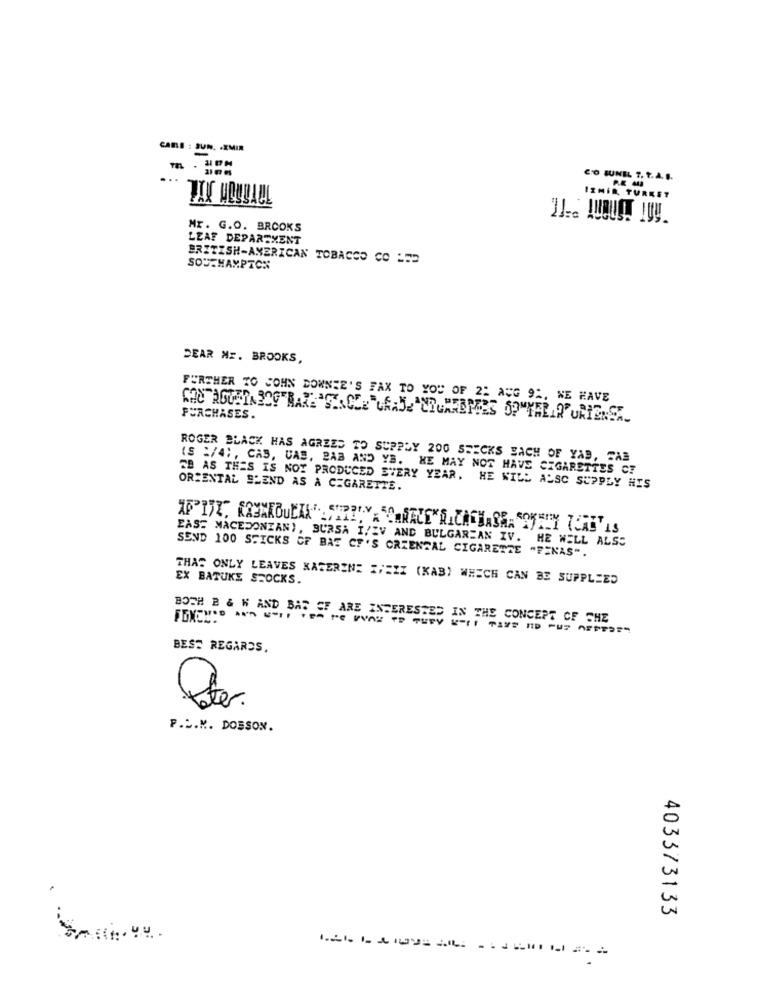
CARE : JUN. . XMIR
...
CTO SUNEL T. T.A.S.
IZMIR TUREET
-
Mr. G.O. BROOKS
LEAF DEPARTMENT
BRITISH-AMERICAN TOBACCO CO LED
SOUTHAMPTON
DEAR Mr. BROOKS,
FURTHER TO COHN DOWNIE'S FAX TO YOU OF 2: AUG 9%, WE HAVE
PURCHASES.
ROGER BLACK HAS AGREED TO SUPPLY 200 SPECKS EACH OF YAS, SAS
(S :/4), CAS, UAS, BAB AND YS. HE MAY NOT HAVE CIGARETTES CF
TB AS THES IS NOT PRODUCED EVERY YEAR. HE WILL ALSO SUPPLY HIS
ORIENTAL BLEND AS A CIGARETTE.
EAST MACEDONIAN), BURSA I/IV AND BULGARIAN IV. HE WELL ALSS
SEND 100 STICKS OF BAE CF'S ORIENTAL CIGARETTE "FINAS".
EX BATUKE SHOCKS.
THAS ONLY LEAVES KATERINE 1;EZI (KAB) WHICH CAN BE SUPPLIED
BOTH B & W AND BAT CF ARE INTERESTED IN THE CONCEPT OF THE
BEST REGARDS,
Poter.
P.L.M. DOBSON.
403373133
-----=--------
.